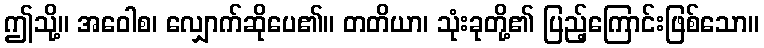
ဤသို့။ အဝေါစ၊ လျှောက်ဆိုပေ၏။ တတိယာ၊ သုံးခုတို့၏ ပြည့်ကြောင်းဖြစ်သော။